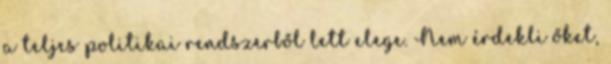
a teljes politikai rendszerből lett elege. Nem érdekli őket,